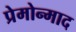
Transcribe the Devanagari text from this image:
प्रेमोन्माद